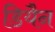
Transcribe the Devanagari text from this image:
डियैन